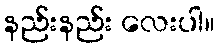
နည်းနည်း လေးပါ။